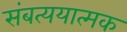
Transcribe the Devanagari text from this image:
संबत्ययात्मक